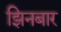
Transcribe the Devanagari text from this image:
झिनबार